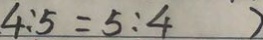
4 : 5 = 5 : 4